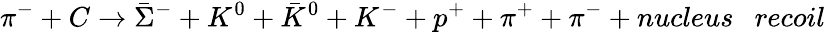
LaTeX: \pi^{-}+C\to{\bar{\Sigma}}^{-}+K^{0}+{\bar{K}}^{0}+K^{-}+p^{+}+\pi^{+}+\pi^{-}+nucleus~~~recoil